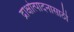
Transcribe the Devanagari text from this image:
द्राक्षोत्पादनासाठी